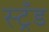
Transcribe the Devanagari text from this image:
स्ट्रँड